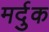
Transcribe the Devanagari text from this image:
मर्दुक